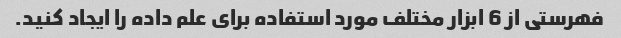
فهرستی از 6 ابزار مختلف مورد استفاده برای علم داده را ایجاد کنید.